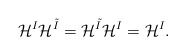
\begin{align*}\mathcal{H}^I\mathcal{H}^{\tilde{I}}=\mathcal{H}^{\tilde{I}}\mathcal{H}^I=\mathcal{H}^I.\end{align*}